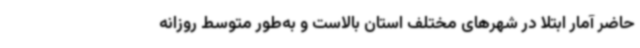
حاضر آمار ابتلا در شهرهای مختلف استان بالاست و به‌طور متوسط روزانه